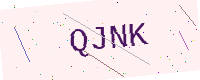
Text: QJNK